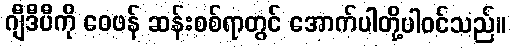
ဂျီဒီပီကို ဝေဖန် ဆန်းစစ်ရာတွင် အောက်ပါတို့ပါဝင်သည်။